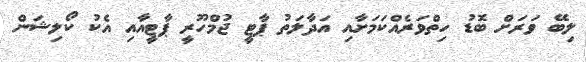
ލިބޭ ވަރަށް ބޮޑު ހިތްވަރެއްކަމަށާއި އަދާލަތު ޕާޓީ ޖުމްހޫރީ ޕާޓީއާއި އެކު ކޯލިޝަން